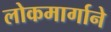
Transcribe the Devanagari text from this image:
लोकमार्गाने